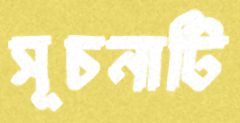
সূচনাটি